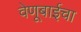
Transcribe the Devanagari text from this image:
वेणूबाईचा